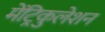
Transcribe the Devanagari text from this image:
मेंट्रिकुलेशन